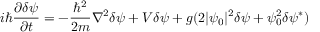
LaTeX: i \hbar { \frac { \partial \delta \psi } { \partial t } } = - { \frac { \hbar ^ { 2 } } { 2 m } } \nabla ^ { 2 } \delta \psi + V \delta \psi + g ( 2 | \psi _ { 0 } | ^ { 2 } \delta \psi + \psi _ { 0 } ^ { 2 } \delta \psi ^ { * } )